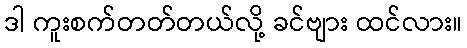
ဒါ ကူးစက်တတ်တယ်လို့ ခင်ဗျား ထင်လား။